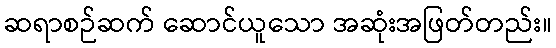
ဆရာစဉ်ဆက် ဆောင်ယူသော အဆုံးအဖြတ်တည်း။